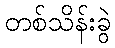
တစ်သိန်းခွဲ